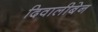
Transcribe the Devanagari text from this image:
दिवालीबेन